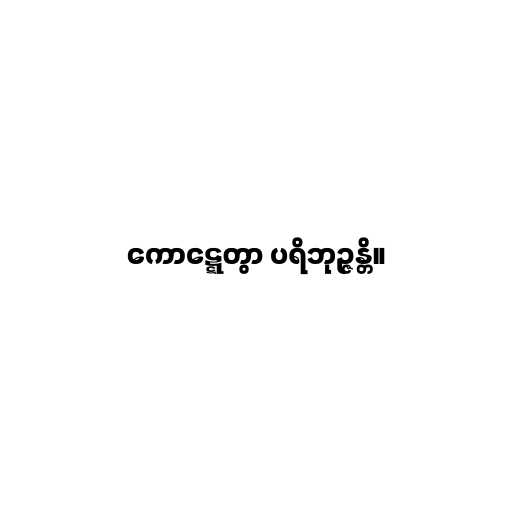
ကောဋ္ဋေတွာ ပရိဘုဉ္ဇန္တိ။